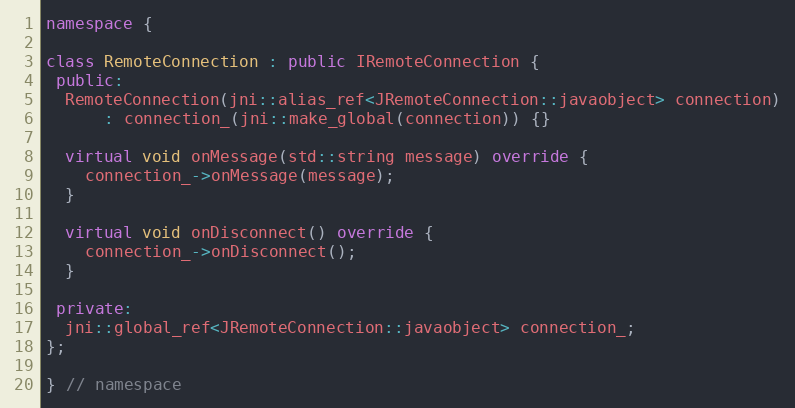
Language: C++
namespace {

class RemoteConnection : public IRemoteConnection {
 public:
  RemoteConnection(jni::alias_ref<JRemoteConnection::javaobject> connection)
      : connection_(jni::make_global(connection)) {}

  virtual void onMessage(std::string message) override {
    connection_->onMessage(message);
  }

  virtual void onDisconnect() override {
    connection_->onDisconnect();
  }

 private:
  jni::global_ref<JRemoteConnection::javaobject> connection_;
};

} // namespace